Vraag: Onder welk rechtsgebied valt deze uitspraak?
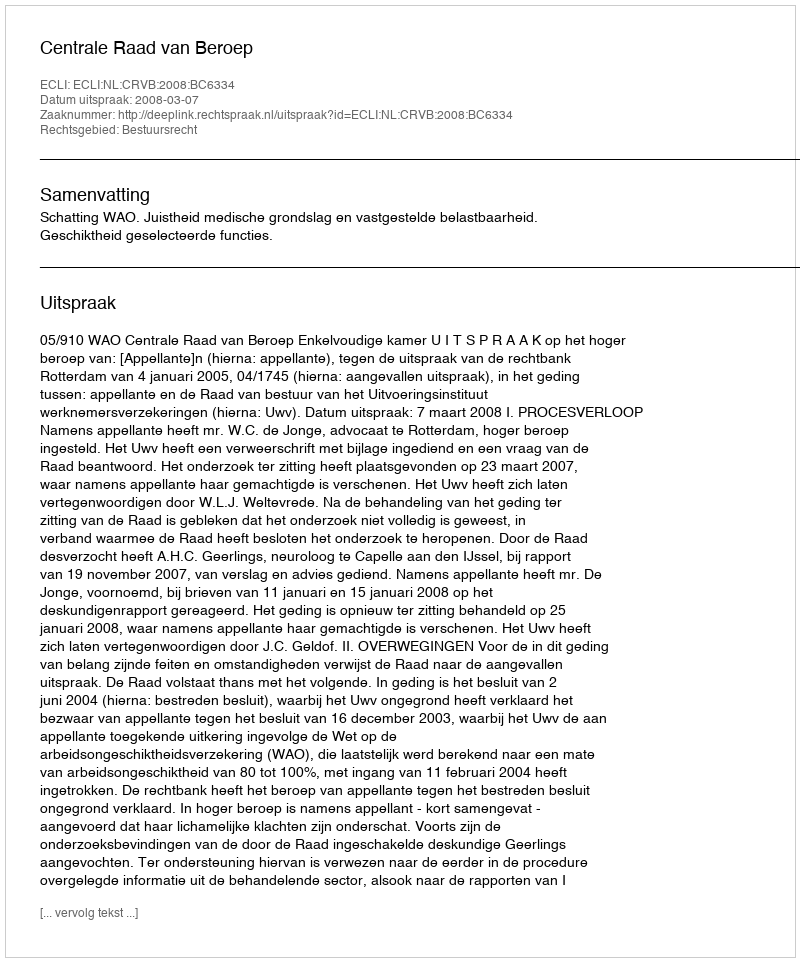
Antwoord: Bestuursrecht